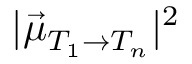
| \vec { \mu } _ { T _ { 1 } \rightarrow T _ { n } } | ^ { 2 }